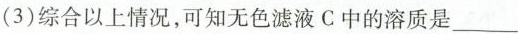
(3)综合以上情况，可知无色滤液C中的溶质是___。